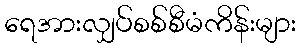
ရေအားလျှပ်စစ်စီမံကိန်းများ